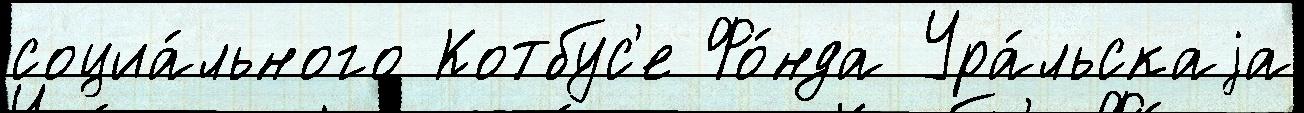
социа́льного Котбус'е Фо́нда Ура́льскаjа